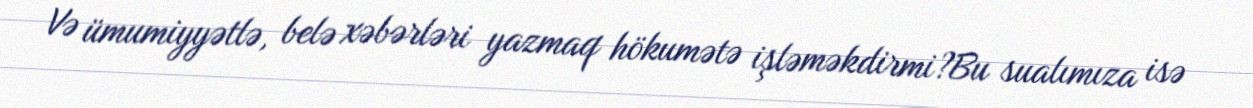
Və ümumiyyətlə, belə xəbərləri yazmaq hökumətə işləməkdirmi?Bu sualımıza isə